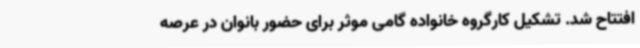
افتتاح شد. تشکیل کارگروه خانواده گامی موثر برای حضور بانوان در عرصه